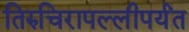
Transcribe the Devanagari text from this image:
तिरुचिरापल्लीपर्यंत